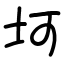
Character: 坷